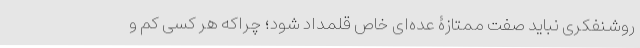
روشنفکری نباید صفت ممتازۀ عده‌ای خاص قلمداد شود؛ چراکه هر کسی کم و